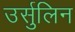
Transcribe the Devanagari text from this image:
उर्सुलिन